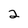
Character: 2